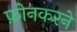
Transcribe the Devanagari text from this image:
फ़ोनकरने